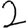
Digit: 2